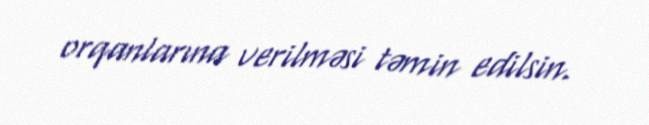
orqanlarına verilməsi təmin edilsin.